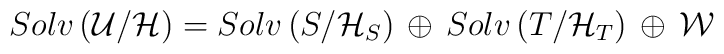
Solv \left( {\cal U}/{\cal H} \right) = Solv \left( { S}/{\cal H}_S \right)\, \oplus  \,  Solv \left( { T}/{\cal H}_T \right) \,\oplus \, {\cal W}